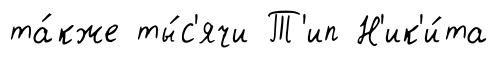
та́кже ты́с'ячи Т'ип Н'ик'и́та